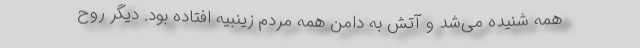
همه شنیده می‌شد و آتش به دامن همه مردم زینبیه افتاده بود. دیگر روح